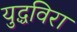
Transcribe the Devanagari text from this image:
युद्धविरा